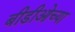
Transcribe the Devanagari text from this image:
बीडीओच्या